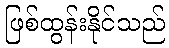
ဖြစ်ထွန်းနိုင်သည်